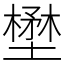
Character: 壄